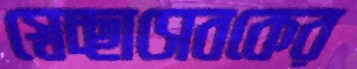
স্বেচ্ছাসেবকের